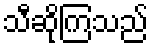
သီဆိုကြသည်